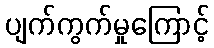
ပျက်ကွက်မှုကြောင့်